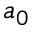
a _ { 0 }